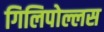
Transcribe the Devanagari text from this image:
गिलिपोल्लस